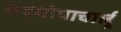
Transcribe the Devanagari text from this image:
सदगोपाचार्लू